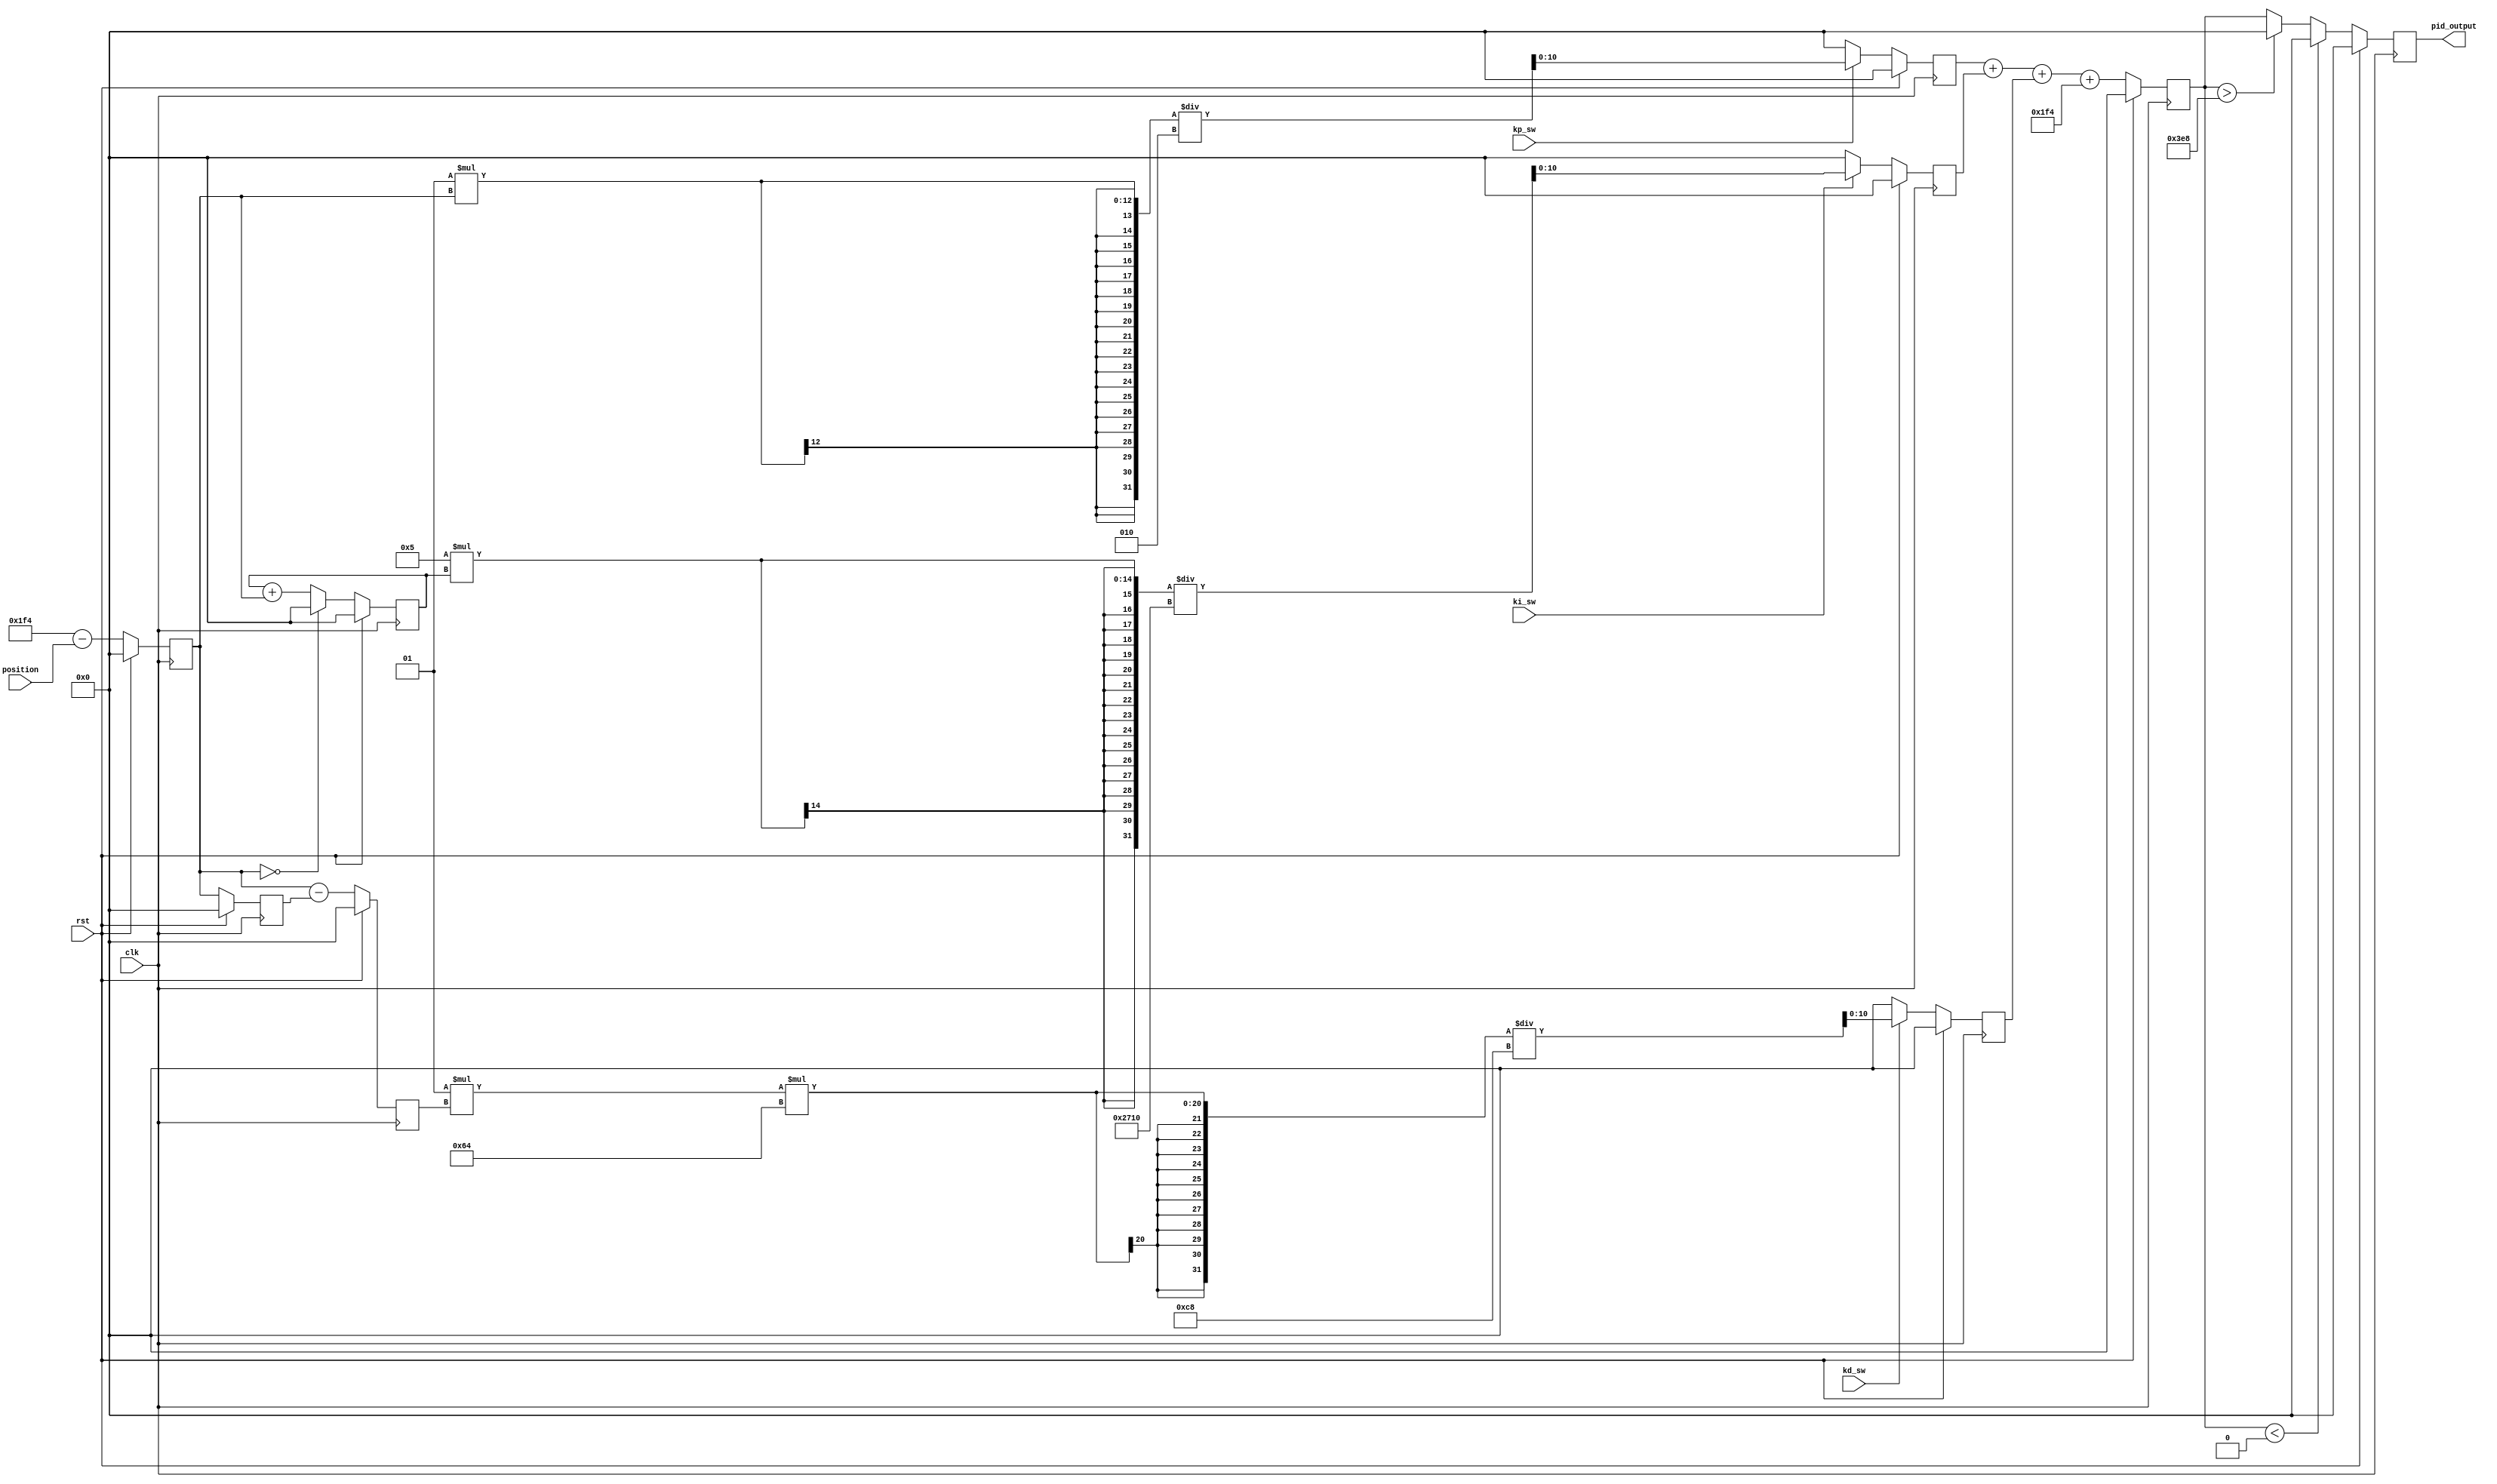
`timescale 1ns / 1ps

module pid(
    input wire clk,
    input wire rst,
    input wire [10:0] position,
    input wire kp_sw, ki_sw, kd_sw, // determines if p, i and d will be calculated
    output reg [10:0] pid_output
    );

reg signed [10:0] error, error_nxt, error_sum, error_sum_nxt, error_dif, error_dif_nxt, error_prev;
reg signed [12:0] p, p_nxt, i, i_nxt, d, d_nxt;
reg signed [10:0] output_loaded_nxt, output_buf, output_buf_nxt;

localparam  
    K_P      = 1,
    K_P_DEN  = 2,
    K_I      = 5,
    K_I_DEN  = 100,
    K_D      = 1,
    K_D_DEN  = 200,
    TIME_DIV = 100;

always @(posedge clk) begin
    if(rst) begin
        error         <= 0;
        error_sum     <= 0;
        error_dif     <= 0;
        error_prev    <= 0;
        p             <= 0;
        i             <= 0;
        d             <= 0;
        output_buf    <= 0;
        pid_output    <= 0;
    end
    else begin 
        error         <= error_nxt;
        error_sum     <= error_sum_nxt;
        error_dif     <= error_dif_nxt;
        error_prev    <= error;
        p             <= p_nxt;
        i             <= i_nxt;
        d             <= d_nxt;
        output_buf    <= output_buf_nxt;
        pid_output    <= output_loaded_nxt;
    end
end


always @(*) begin
    error_nxt = 500 - position;
    error_sum_nxt = (error == 0) ? 0 : (error_sum + error);
    error_dif_nxt = error - error_prev;
    
    p_nxt = kp_sw ? (K_P * error)/K_P_DEN : 0;
    i_nxt = ki_sw ? (K_I * error_sum)/(TIME_DIV * K_I_DEN) : 0;
    d_nxt = kd_sw ? (K_D * error_dif * TIME_DIV)/K_D_DEN : 0;

    output_buf_nxt = p + i + d + 500;
    if(output_buf < 0) output_loaded_nxt = 0;
    else if(output_buf > 1000) output_loaded_nxt = 0;
    else output_loaded_nxt = output_buf;
end
    
endmodule